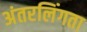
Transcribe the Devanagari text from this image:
अंतरलिंगता